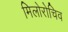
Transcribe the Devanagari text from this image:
मिलोरोचिव